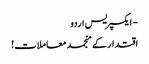
- ایکسپریس اردو
اقتدار کے منجمد معاملات!